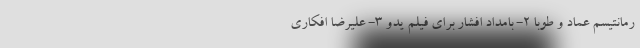
رمانتیسم عماد و طوبا 2- بامداد افشار برای فیلم یدو 3- علیرضا افکاری